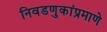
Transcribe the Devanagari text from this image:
निवडणुकांप्रमाणे